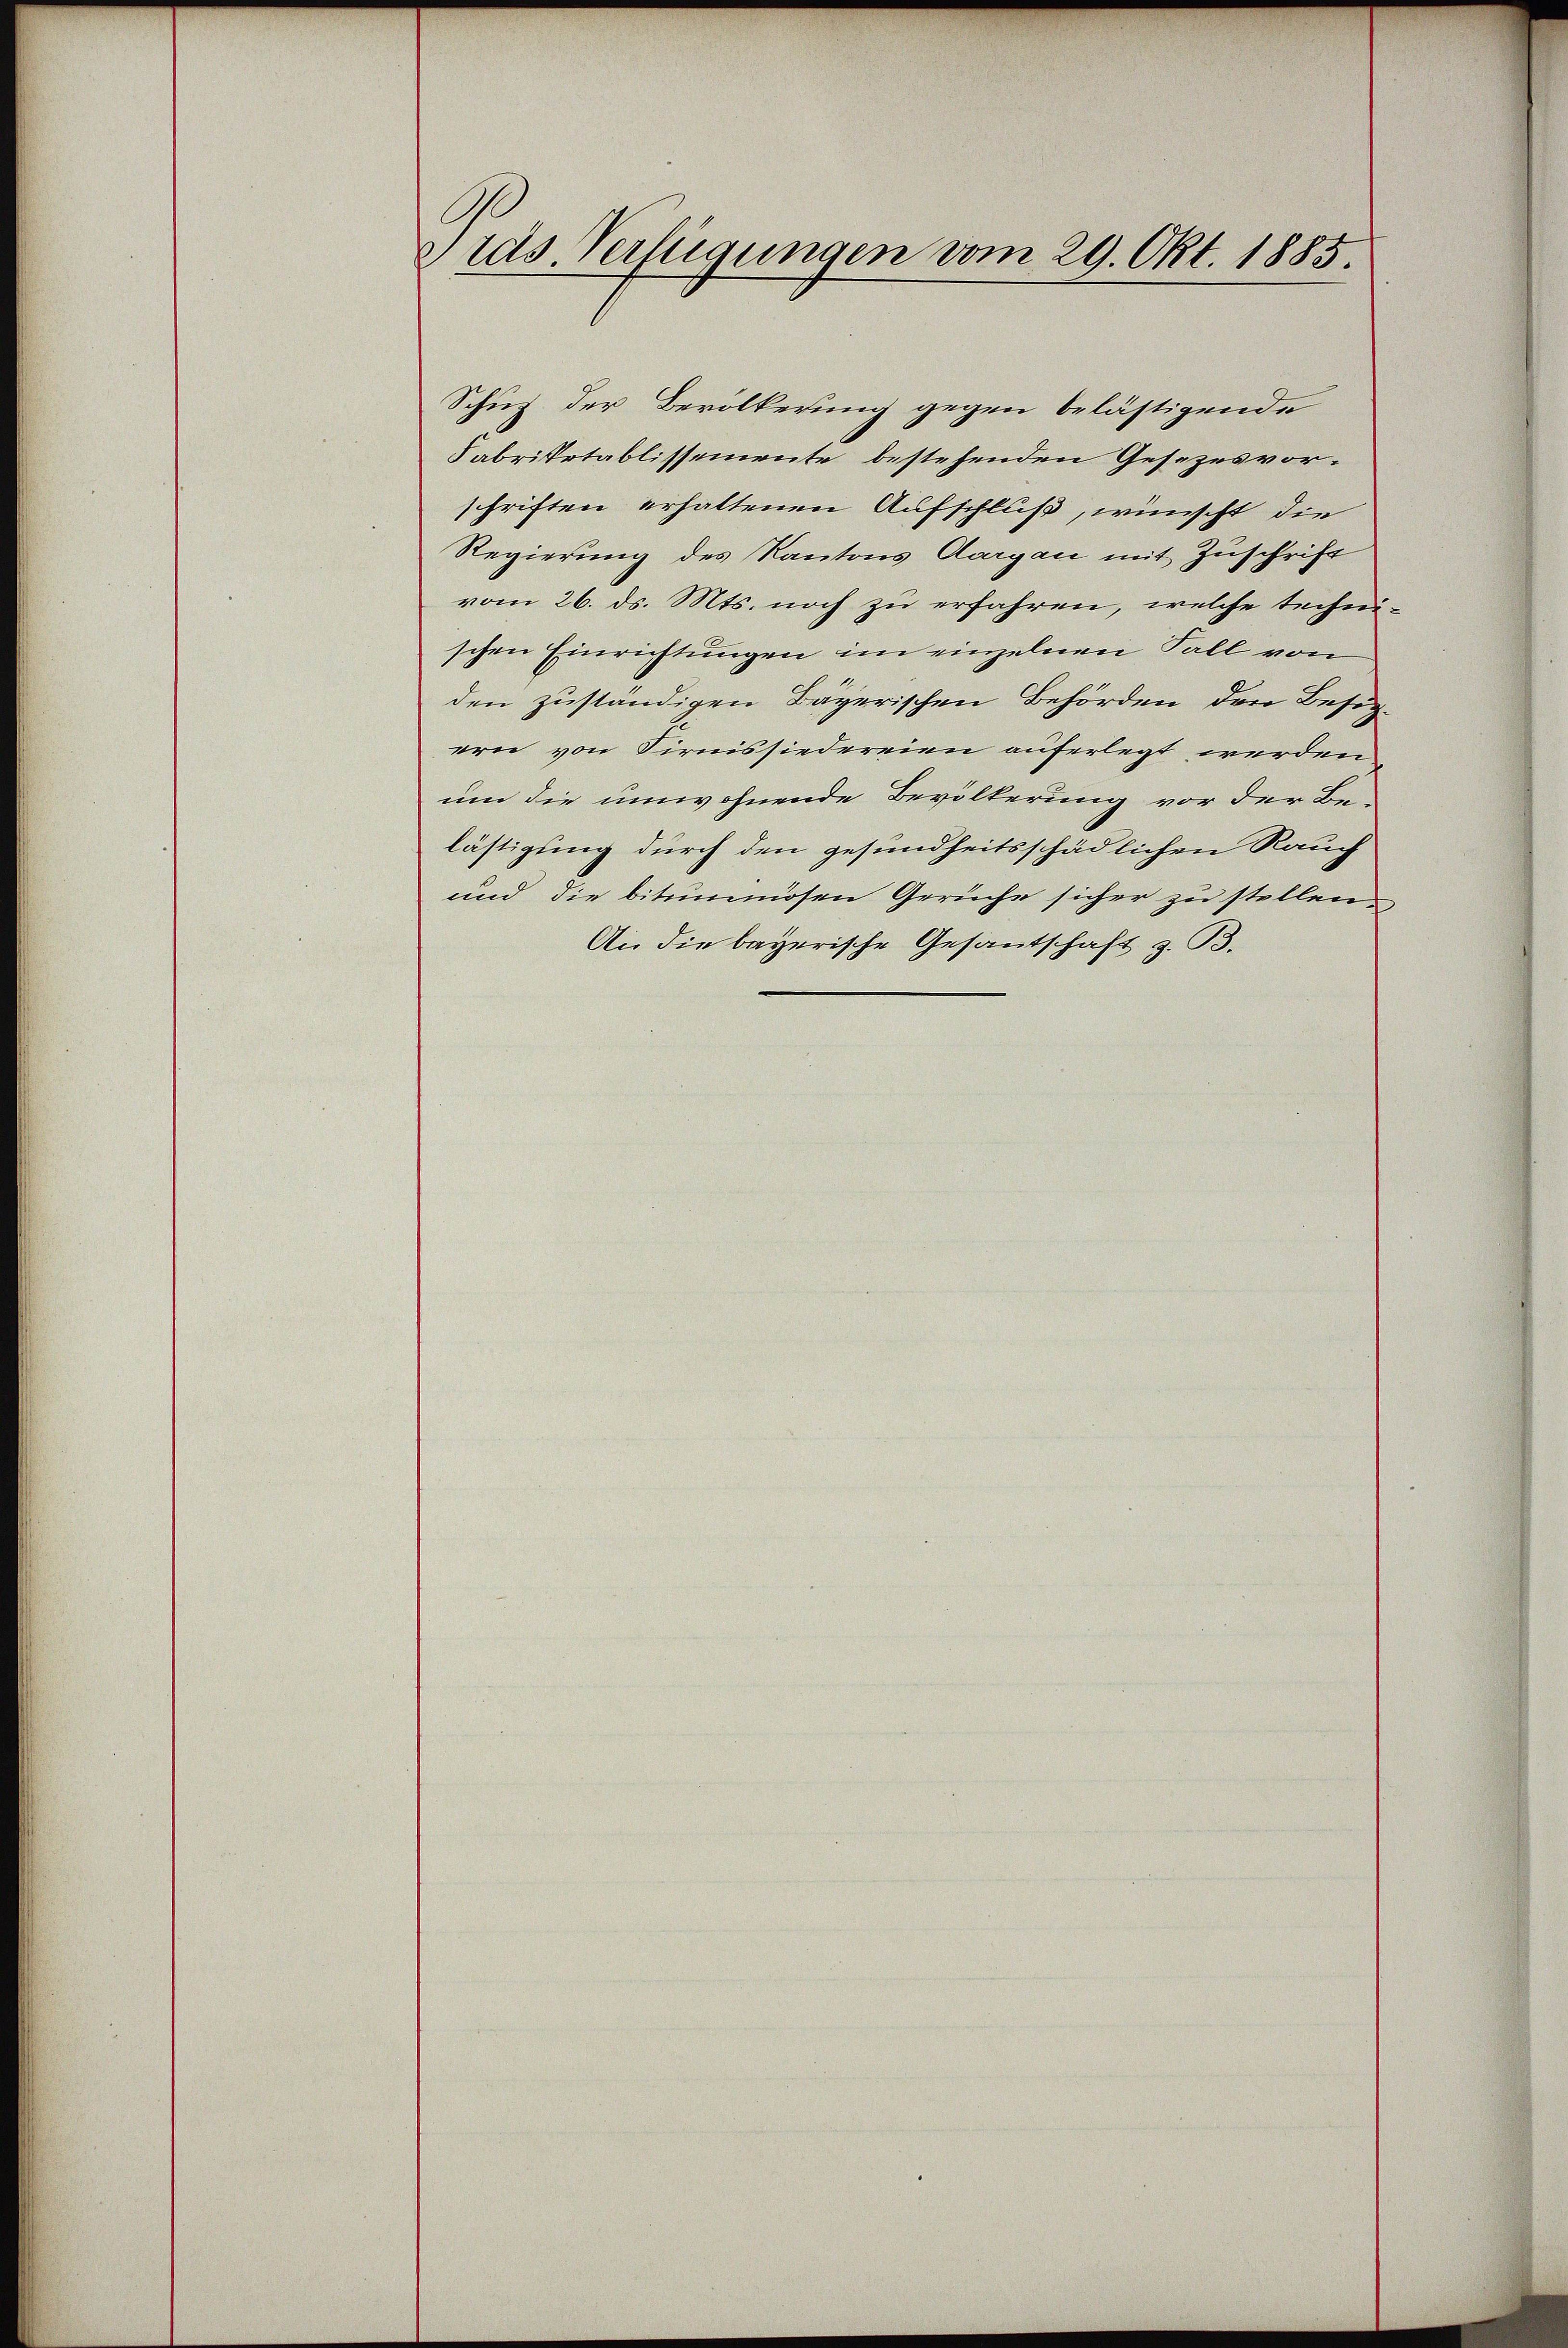
vras. Verfügungen vom 29. Okt. 1885.

Schus der Bevölkerung gegen belästigende
Fabriketablissemente bestehenden Gesezesvorschriften erhaltenen Aufschluß, wünscht die
Regierung des Kantons Aargau mit Zuschrift
vom 26. ds. Mts. noch zu erfahren, welche technischen Einrichtungen im einzelnen Fall von
den zuständigen Bayerischen Behörden den Besi
ern von Firnissiedereien auferlegt werden
um die umwohnende Bevölkerung vor der Be-
lästigung durch den gesundheitsschädlichen Rauch
und die bitummösen Gerüche sicher zu stellen.
An die bayerische Gesantschaft z. B.